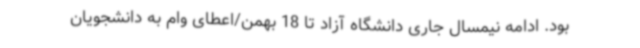
بود. ادامه نیمسال جاری دانشگاه آزاد تا 18 بهمن/اعطای وام به دانشجویان